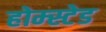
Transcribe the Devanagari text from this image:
होम्स्टेड